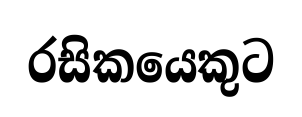
රසිකයෙකුට